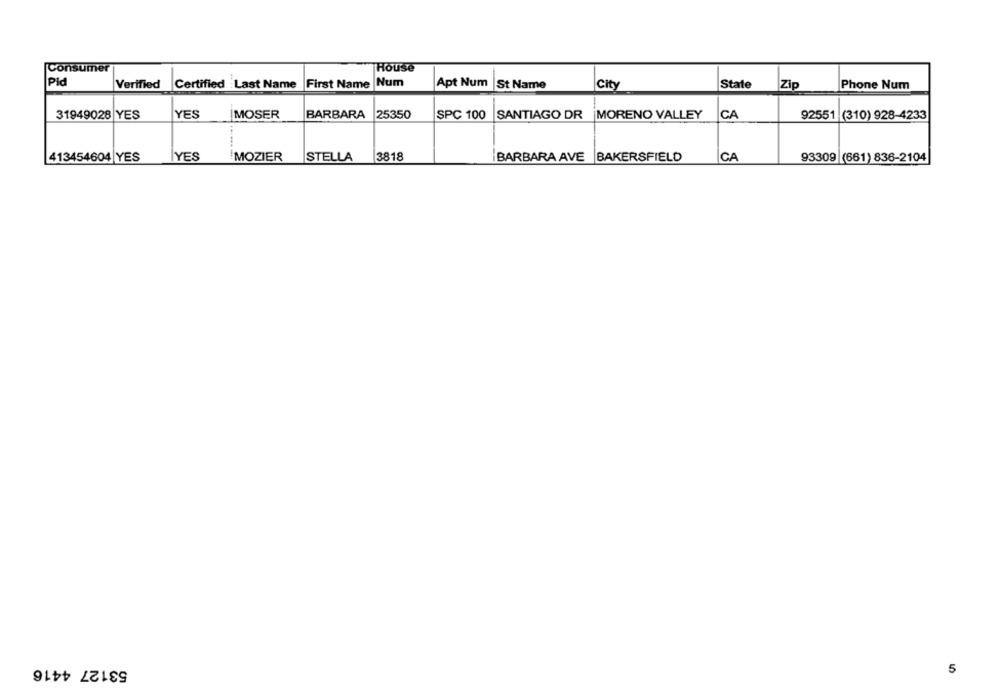
Consumer
House
Pid
Num
Apt Num
Verified
Certified Last Name
First Name
St Name
City
State
Zip
Phone Num
31949028 YES
YES
MOSER
BARBARA
25350
SPC 100 SANTIAGO DR |MORENO VALLEY
CA
92551 (310) 928-4233
413454604 YES
YES
MOZIER
STELLA
|3818
BARBARA AVE BAKERSFIELD
CA
93309 (661) 836-2104
53127 4416
5